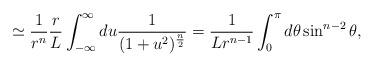
LaTeX: \begin{align*}\simeq{1\over r^n} {r\over L}\int_{-\infty}^\infty du {1\over (1+u^2)^{n\over 2}}={1\over L r^{n-1}} \int_0^\pi d\theta \sin^{n-2}\theta,\end{align*}